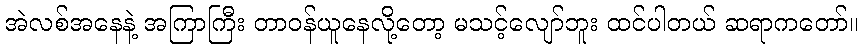
အဲလစ်အနေနဲ့ အကြာကြီး တာဝန်ယူနေလို့တော့ မသင့်လျော်ဘူး ထင်ပါတယ် ဆရာကတော်။